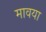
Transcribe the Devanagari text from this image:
मावया